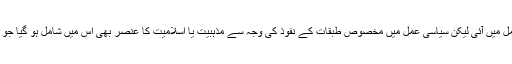
پاکستانی ریاست کی تشکیل بھی اسی اصول پر عمل میں آئی لیکن سیاسی عمل میں مخصوص طبقات کے نفوذ کی وجہ سے مذہبیت یا اسلامیت کا عنصر بھی اس میں شامل ہو گیا جو قومی شناخت کے اظہاریوں میں غلبہ پاتا چلا گیا۔